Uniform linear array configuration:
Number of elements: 48
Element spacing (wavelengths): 0.5
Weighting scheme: uniform
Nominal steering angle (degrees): -60
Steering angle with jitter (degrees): -60.127
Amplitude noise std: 0.05
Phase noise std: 0.05

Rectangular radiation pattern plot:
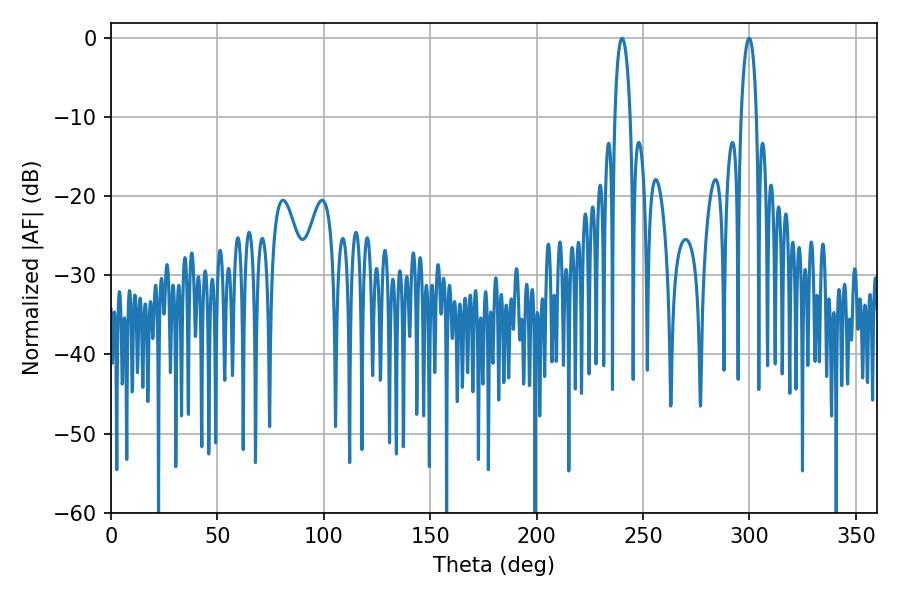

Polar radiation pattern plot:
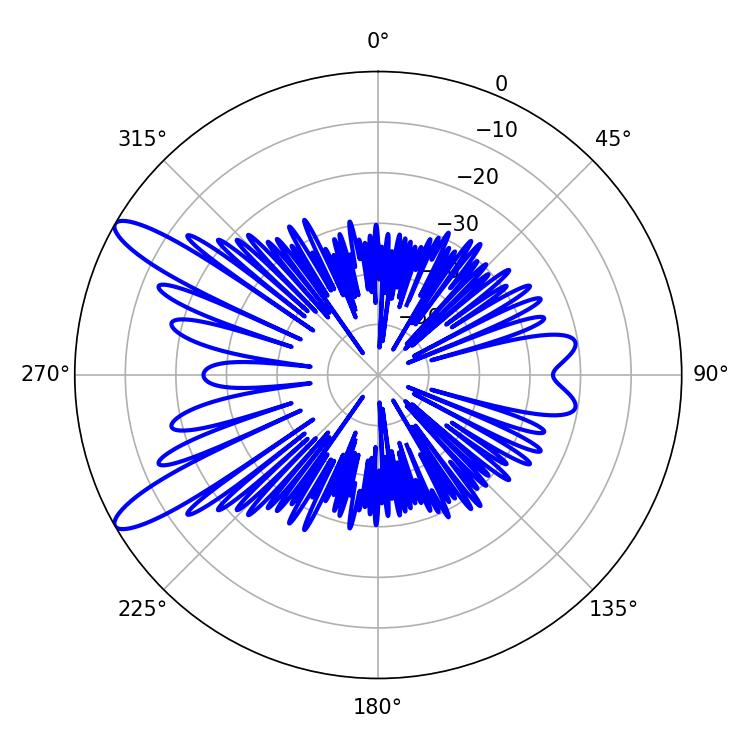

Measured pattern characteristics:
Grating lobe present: FALSE
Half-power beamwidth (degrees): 4.14
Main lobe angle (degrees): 240.12